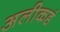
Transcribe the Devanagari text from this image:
अलीकडं